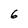
Character: 6